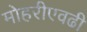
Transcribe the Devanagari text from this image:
मोहरीएवढी